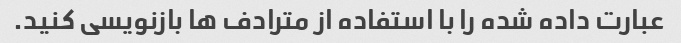
عبارت داده شده را با استفاده از مترادف ها بازنویسی کنید.